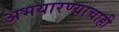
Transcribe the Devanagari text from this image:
अभयारण्याचाही